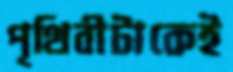
পৃথিবীটাকেই